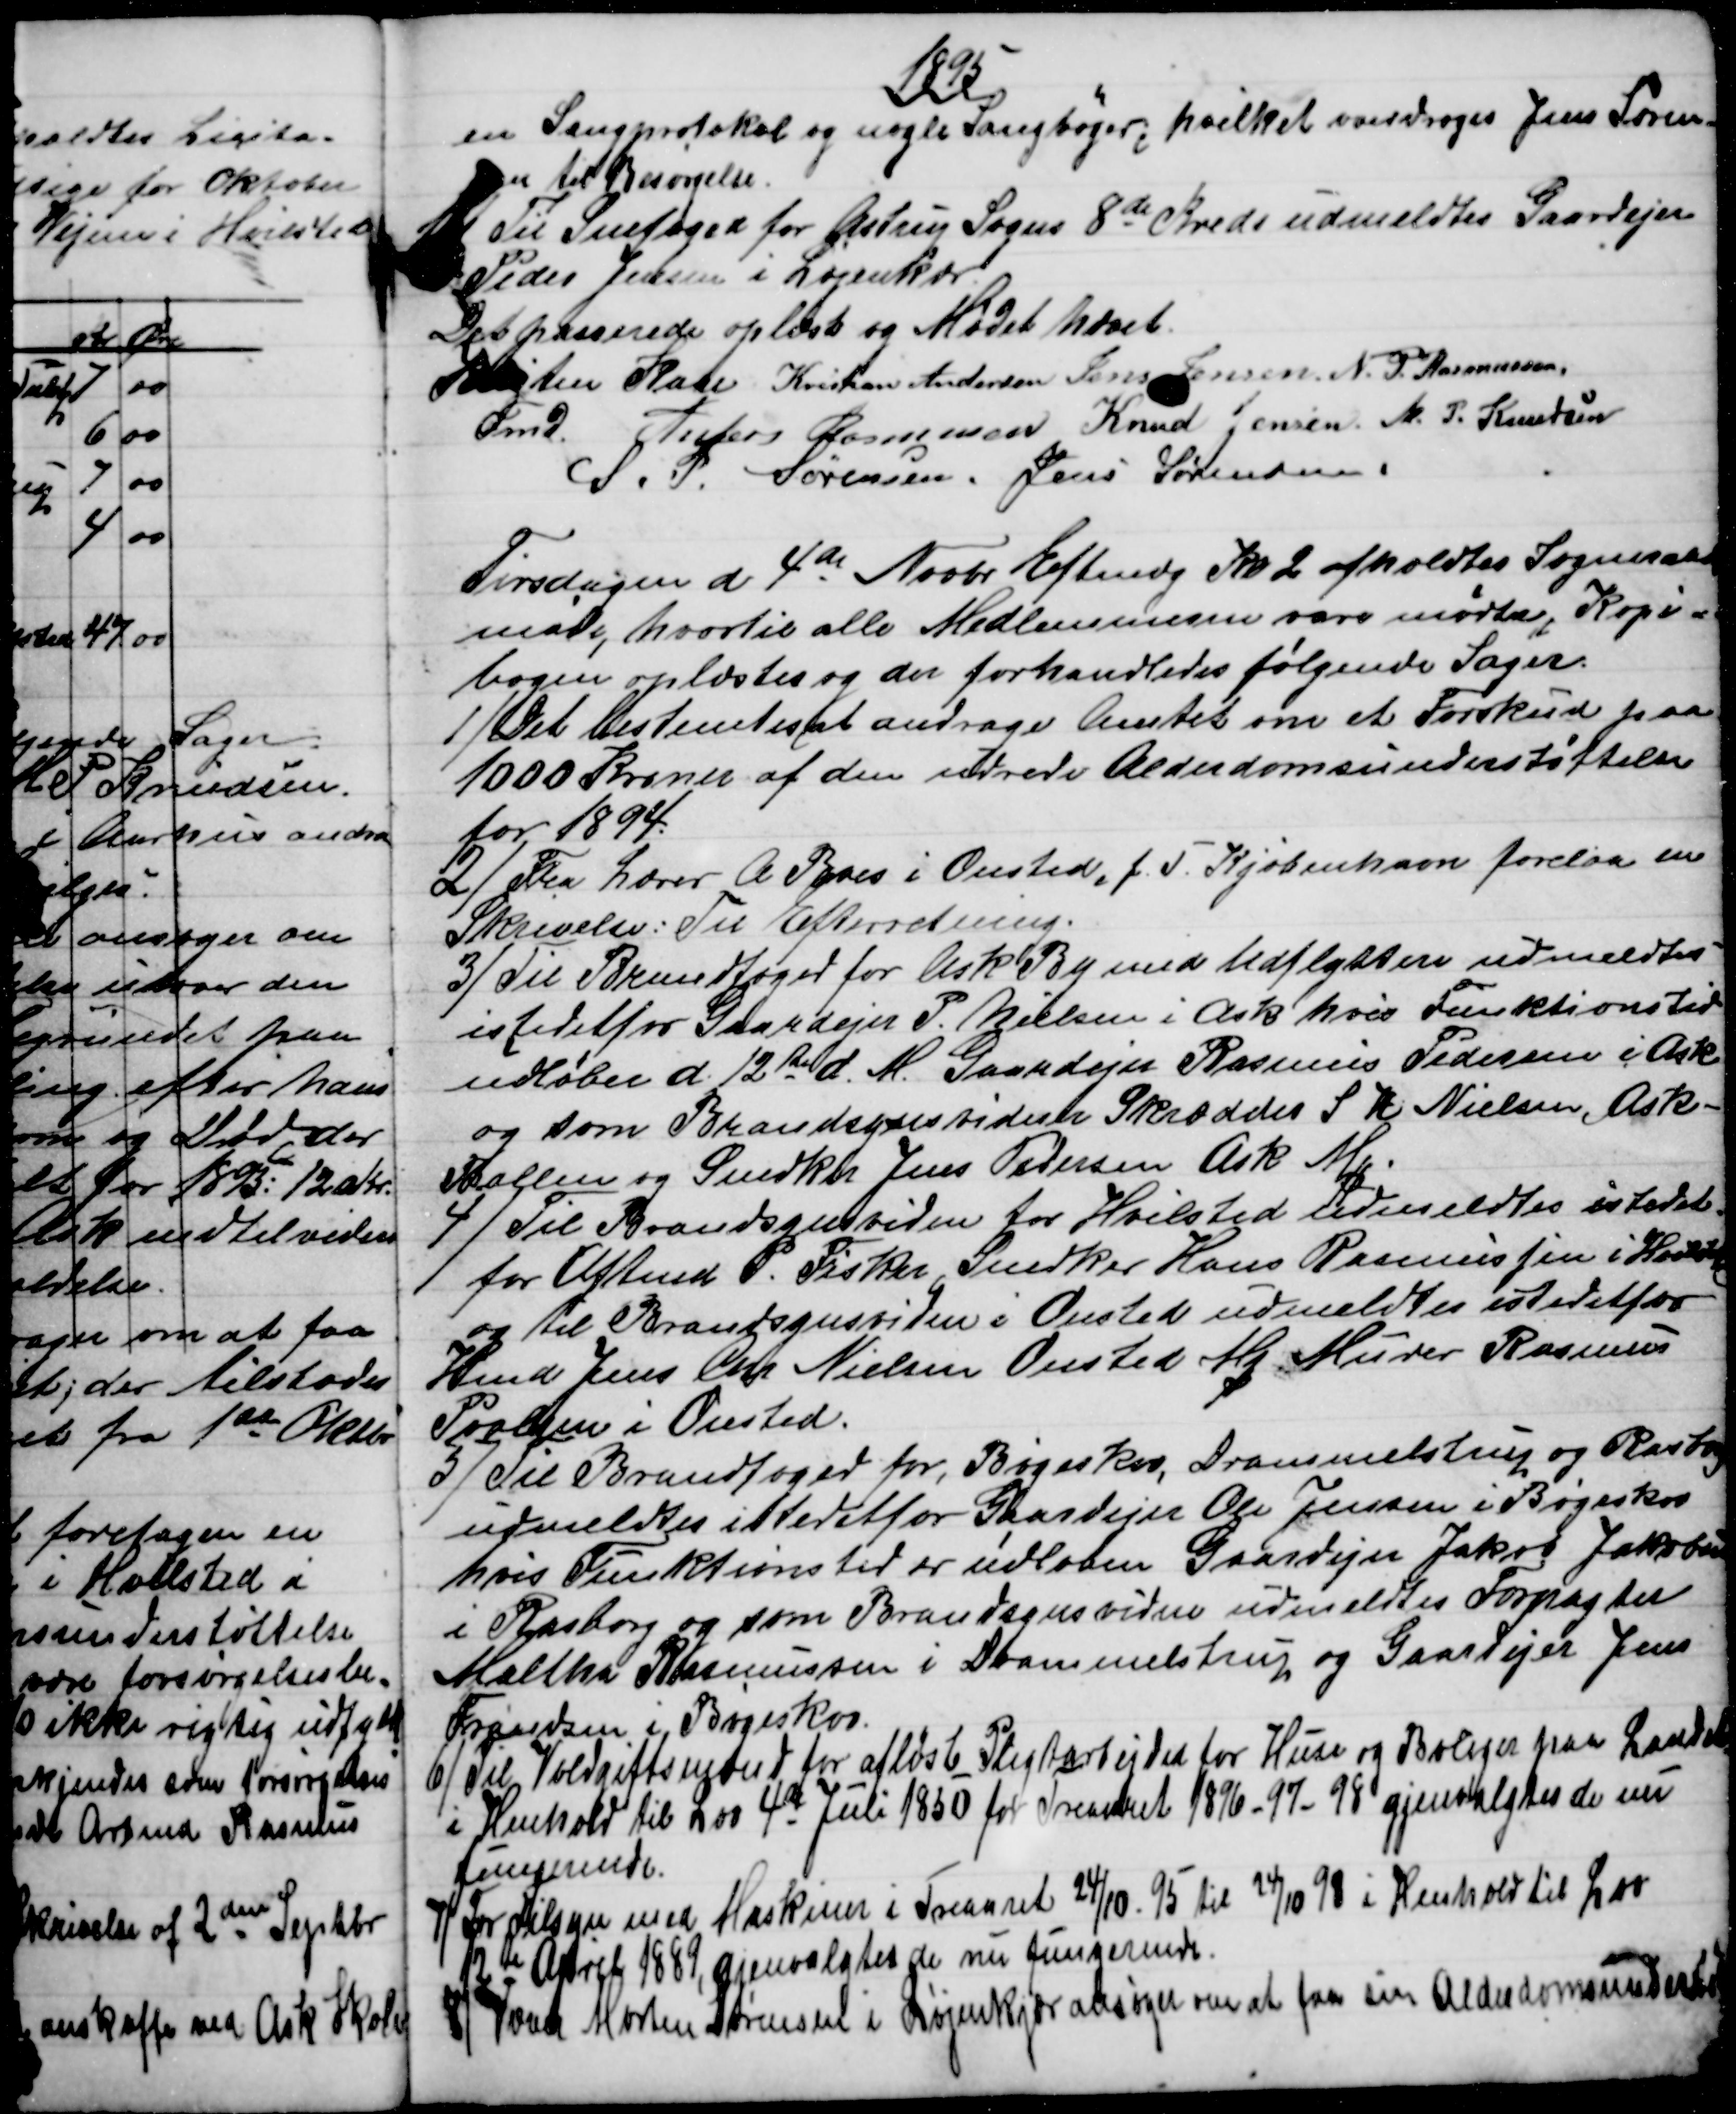
Transskription:
1895
en Sangprotokol og nogle Sangbøger, hvilket overdroges Jens Søren-
sen til Besørgelse.
) Til Snefoged for Astrup Sogns 8de Kreds udmeldtes Gaardejer
Peder Jensen i Løjenkær
Det passerede oplæst og Mødet hævet.
Kristen Kaae 
Fmd. 
Kristian Andersen Jens Jensen. N. P. Rasmussen.
Anders Rasmusen Knud Jensen. M. P. Knudsen
S. P. Sørensen. Jens Sørensen
Tirsdagen d. 4de Novbr Eftmdg Kl 2 afholdtes Sogneraads
møde, hvortil alle Medlemmerne vare mødte, Kopi-
bogen oplæstes og der forhandledes følgende Sager.
1) Det bestemtes et andrage Amtet om et Forskud paa
1000 Kroner af den udrede Alderdomsunderstøttelse
for 1894.
2) 
Fra Lærer A Boes i Onsted, f. T. Kjøbenhavn forelaa en
Skrivelse: Til Efterretning.
3)
Til Brandfoged for Ask By med Udflyttere udmeldtes
istedetfor Gaardejer P. Nielsen i Ask hvis Funktionstid
udløber d. 12de d. M. Gaardejer Rasmus Pedersen i Ask
og som Brandsynsvidner Skrædder S. K. Nielsen, Ask-
Ballen og Snedker Jens Pedersen Ark Mk.
4) 
Til Brandsynsvidne for Hvilsted udmeldtes istedet
for Arbmd P. Fisker, Snedker Hans Rasmussen i Hvilsted
og til Brandsynsvidne i Onsted udmeldtes istedetfor
Hmd Jens Chr. Nielsen Onsted Mk. Murer Rasmus
Poulsen i Onsted.
5) 
Til Brandfoged for Bøgeskov, Drammelstrup og Rasborg
udmeldtes istedetfor Gaardejer Ole Jensen i Bøgeskov
hvis Funktionstid er udløben Gaardejer Jakob Jakobsen
i Rasborg og som Brandsynsvidne udmeldtes Forpagter
Maltha Rasmussen i Drammelstrup og Gaardejer Jens
Frandsen i Bøgeskov.
6) 
Til Voldgiftsmænd for afløste Pligtarbejder for Huse og Boliger paa Landet
i Henhold til Lov 4de Juli 1850 for Treaaret 1896-97-98 gjenvalgtes de nu
fungerende.
7)
For Tilsyn med Maskiner i Treaaret 24/10-95 til 28/10 98 i Henhold til Lov
12de April 1889, gjenvalgtes de nu fungerende.
8) Væver Morten Sørensen i Løjenkjær ansøger om at faa sin Alderdomsunderstøt